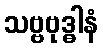
သဗ္ဗဗုဒ္ဓါနံ